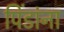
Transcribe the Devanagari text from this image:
पिंडांना